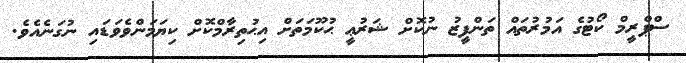
ސްޕްރީމް ކޯޓުގެ އަމުރުތައް ތަންފީޒު ނުކޮށް ޝަރުޢީ ޙުކޫމަތަށް އިޙުތިރާމްކޮށް ކިޔަމަންވެވަޑައި ނުގަނެއެވެ.